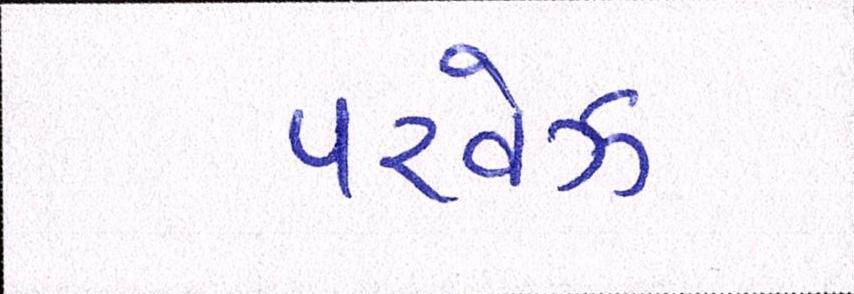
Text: પરવેઝ